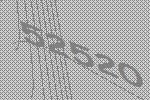
52520